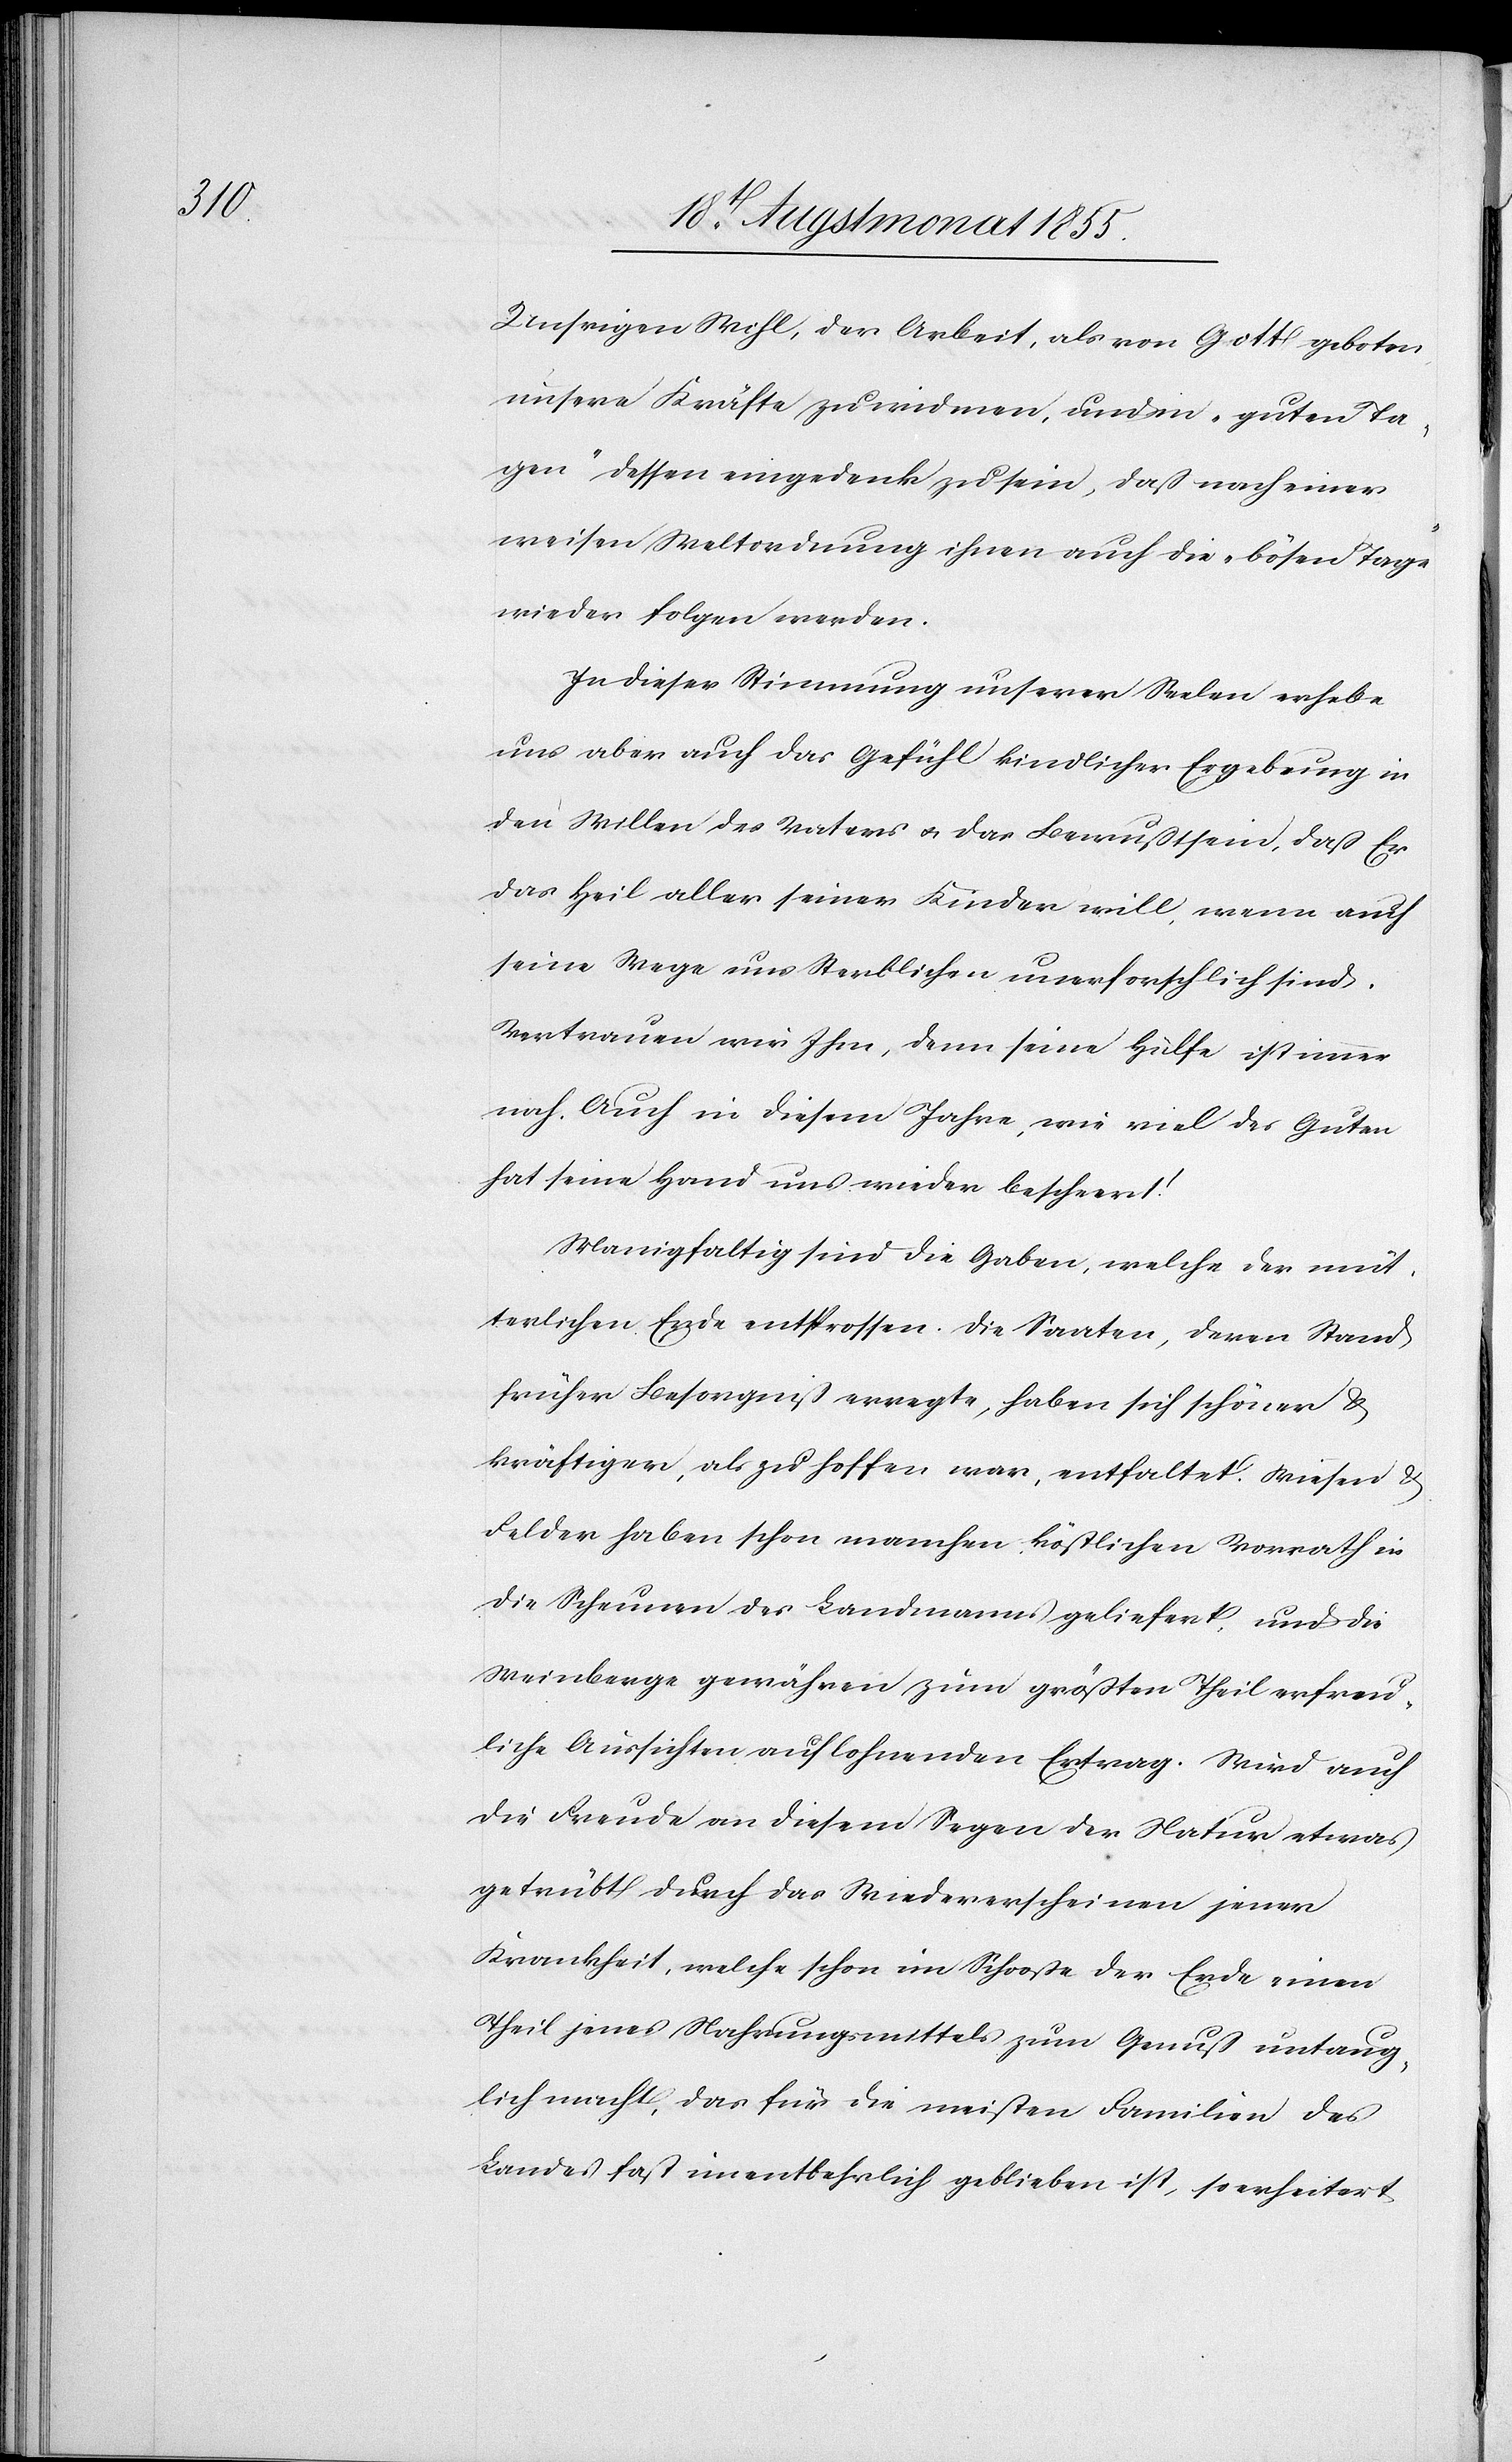
Unsrigen Wohl, der Arbeit, als von Gott geboten
unsere Kräfte zu widmen, und in „guten Ta¬
gen“ dessen eingedenk zu sein, daß nach einer
weisen Weltordnung ihnen auch die „bösen Tage“
wieder folgen werden.
In dieser Stimmung unserer Seelen erhebe
uns aber auch das Gefühl kindlicher Ergebung in
den Willen des Vaters & das Bewußtsein, daß Er
das Heil aller seiner Kinder will, wenn auch
seine Wege uns Sterblichen unerforschlich sind.
Vertrauen wir Ihm, denn seine Hülfe ist immer
nah. Auch in diesem Jahre, wie viel des Guten
hat seine Hand uns wieder bescheert!
Manigfaltig sind die Gaben, welche der müt¬
terlichen Erde entsprossen. Die Saaten, deren Stand
früher Besorgniß erregte, haben sich schöner &
kräftiger, als zu hoffen war, entfaltet. Wiesen &
Felder haben schon manchen köstlichen Vorrath in
die Scheunen des Landmanns geliefert, und die
Weinberge gewähren zum größten Theil erfreu¬
liche Aussichten auf lohnenden Ertrag. Wird auch
die Freude an diesem Segen der Natur etwas
getrübt durch das Wiedererscheinen jener
Krankheit, welche schon im Schooße der Erde einen
Theil jenes Nahrungsmittels zum Genuß untaug¬
lich macht, das für die meisten Familien des
Landes fast unentbehrlich geblieben ist, so erheitert